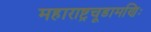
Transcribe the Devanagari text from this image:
महाराष्ट्रचूडामणिः